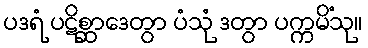
ပဒရံ ပဋိစ္ဆာဒေတွာ ပံသုံ ဒတွာ ပက္ကမိံသု။